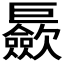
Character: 𪩪